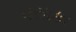
વસાકા